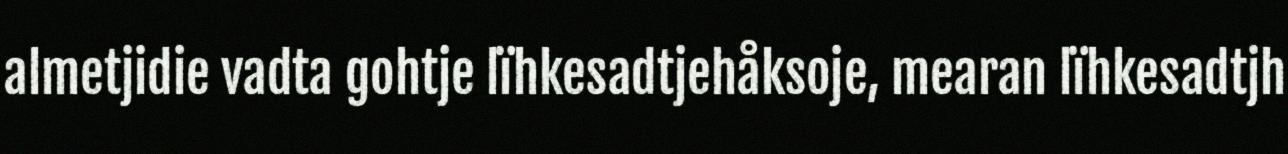
almetjidie vadta gohtje lïhkesadtjehåksoje, mearan lïhkesadtjh